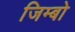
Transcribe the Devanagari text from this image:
जिम्बो